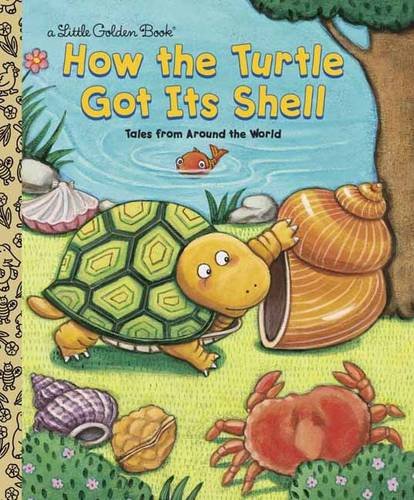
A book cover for How the Turtle Got Its Shell; Justine Fontes; Children's Books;